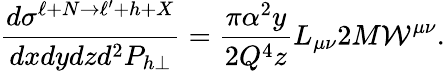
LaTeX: \frac{d\sigma^{\ell+N\rightarrow\ell^{\prime}+h+X}}{dxdydzd^{2}P_{h\perp}}=\frac{\pi\alpha^{2}y}{2Q^{4}z}L_{\mu\nu}2M{\cal W}^{\mu\nu}.